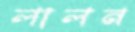
লালন